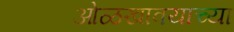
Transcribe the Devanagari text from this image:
ओळखावयाच्या